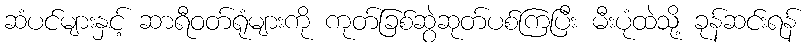
ဆံပင်များနှင့် ဆာရီဝတ်ရုံများကို ကုတ်ခြစ်ဆွဲဆုတ်ပစ်ကြပြီး မီးပုံထဲသို့ ခုန်ဆင်းရန်